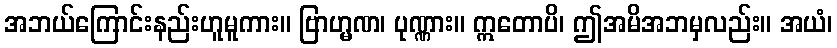
အဘယ်ကြောင်းနည်းဟူမူကား။ ဗြာဟ္မဏ၊ ပုဏ္ဏား။ ဣတောပိ၊ ဤအမိအဘမှလည်း။ အယံ၊